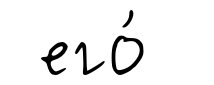
его́